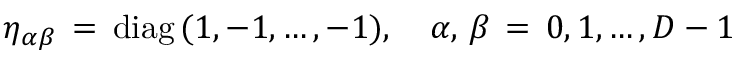
\eta _ { \alpha \beta } \, = \, \mathrm { d i a g } \, ( 1 , - 1 , \ldots , - 1 ) , \quad \alpha , \, \beta \, = \, 0 , 1 , \ldots , D - 1